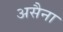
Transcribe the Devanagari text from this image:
असैना